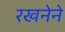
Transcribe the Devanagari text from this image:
रखनेने